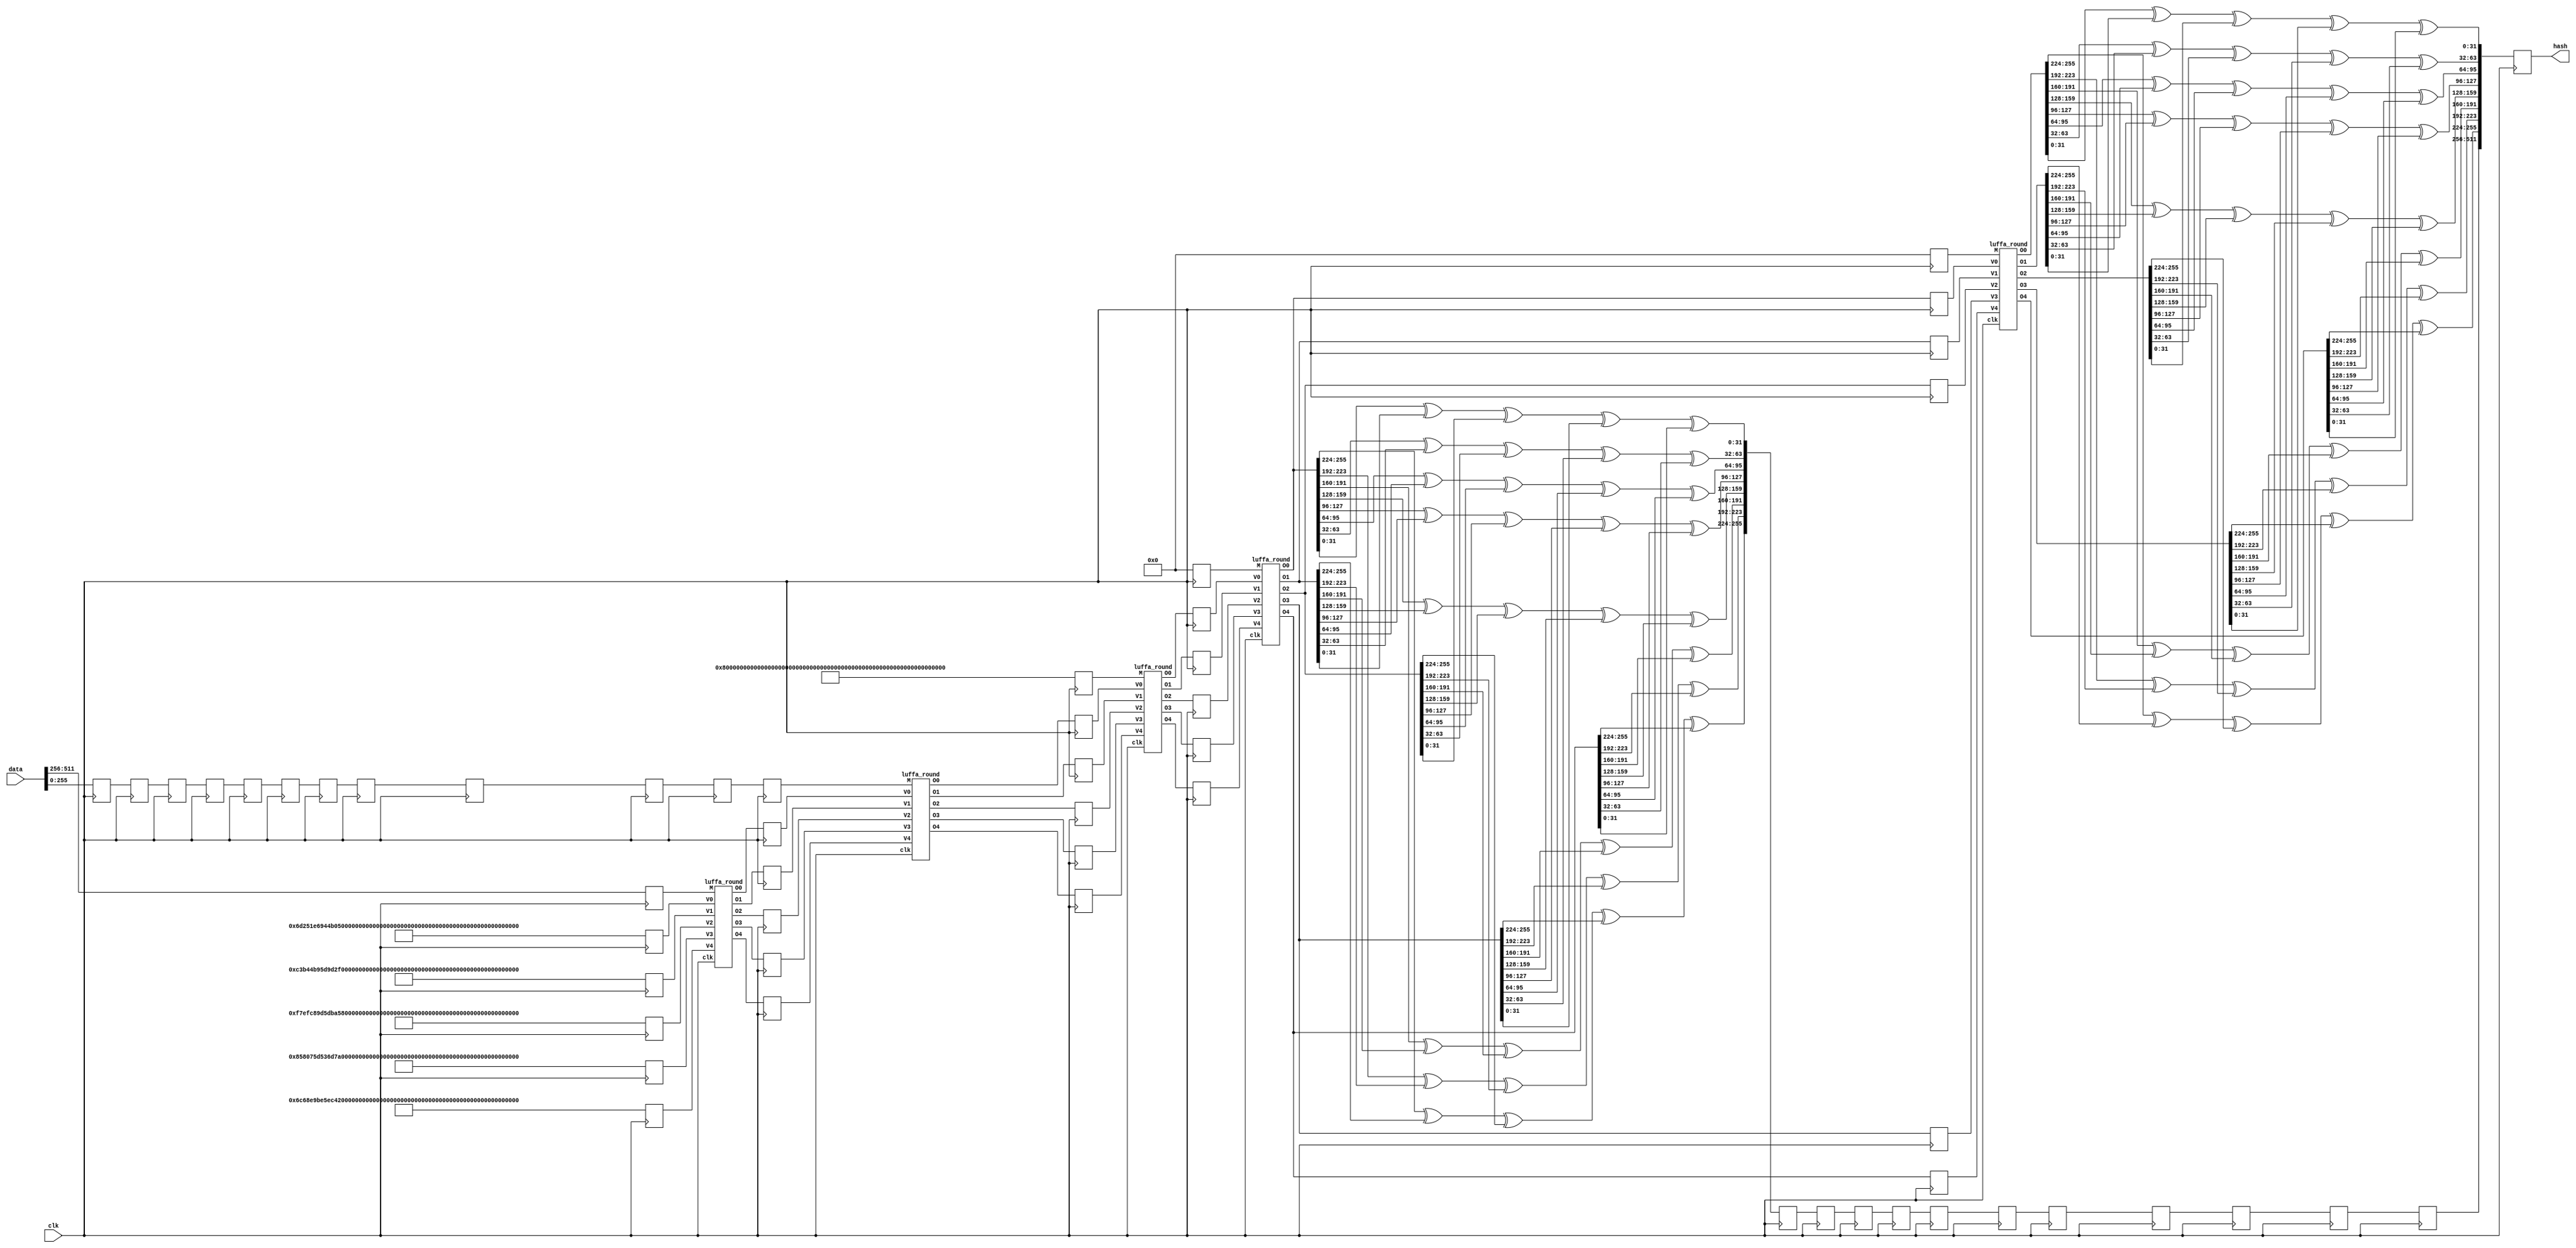
/*
 * Copyright (c) 2018 Sprocket
 *
 * This is free software: you can redistribute it and/or modify
 * it under the terms of the GNU Affero General Public License with
 * additional permissions to the one published by the Free Software
 * Foundation, either version 3 of the License, or (at your option)
 * any later version. For more information see LICENSE.
 *
 * This program is distributed in the hope that it will be useful,
 * but WITHOUT ANY WARRANTY; without even the implied warranty of
 * MERCHANTABILITY or FITNESS FOR A PARTICULAR PURPOSE.  See the
 * GNU Affero General Public License for more details.
 *
 * You should have received a copy of the GNU Affero General Public License
 * along with this program. If not, see <http://www.gnu.org/licenses/>.
 */

module luffa512 (
	input clk,
	input [511:0] data,
	output [511:0] hash
);

	reg [255:0] M0, M1, M2, M3, M4;
	reg [255:0] V00, V01, V02, V03, V04;
	reg [255:0] V10, V11, V12, V13, V14;
	reg [255:0] V20, V21, V22, V23, V24;
	reg [255:0] V30, V31, V32, V33, V34;
	reg [255:0] V40, V41, V42, V43, V44;
	reg [255:0] d0, d1, d2, d3, d4, d5, d6, d7, d8, d9, d10;
		
	wire [255:0] R00, R01, R02, R03, R04;
	wire [255:0] R10, R11, R12, R13, R14;
	wire [255:0] R20, R21, R22, R23, R24;
	wire [255:0] R30, R31, R32, R33, R34;
	wire [255:0] R40, R41, R42, R43, R44;

	luffa_round lr0 (clk, M0, V00, V10, V20, V30, V40, R00, R10, R20, R30, R40 );
	luffa_round lr1 (clk, M1, V01, V11, V21, V31, V41, R01, R11, R21, R31, R41 );
	luffa_round lr2 (clk, M2, V02, V12, V22, V32, V42, R02, R12, R22, R32, R42 );
	luffa_round lr3 (clk, M3, V03, V13, V23, V33, V43, R03, R13, R23, R33, R43 );
	luffa_round lr4 (clk, M4, V04, V14, V24, V34, V44, R04, R14, R24, R34, R44 );
	
	reg [255:0] H0, H1, H2, H3, H4, H5, H6, H7, H8, H9, H10;
	reg [511:0] H;
	
	assign hash = H;

	always @ (posedge clk) begin
	
		M0 <= data[511:256];
		M1 <= d10;
		M2 <= { 32'h80000000, 224'd0 };
		M3 <= 256'd0;
		M4 <= 256'd0;
		
		d10 <= d9;
		d9 <= d8;
		d8 <= d7;
		d7 <= d6;
		d6 <= d5;
		d5 <= d4;
		d4 <= d3;
		d3 <= d2;
		d2 <= d1;
		d1 <= d0;
		d0 <= data[255:0];
	
		V00 = 256'h6d251e6944b051e04eaa6fb4dbf784656e29201190152df4ee058139def610bb;
		V10 = 256'hc3b44b95d9d2f25670eee9a0de099fa35d9b05578fc944b3cf1ccf0e746cd581;
		V20 = 256'hf7efc89d5dba578104016ce5ad659c050306194f666d183624aa230a8b264ae7;
		V30 = 256'h858075d536d79ccee571f7d7204b1f6735870c6a57e9e92314bcb8087cde72ce;
		V40 = 256'h6c68e9be5ec41e22c825b7c7affb4363f5df39990fc688f1b07224cc03e86cea;
		
		V01 <= R00;
		V11 <= R10;
		V21 <= R20;
		V31 <= R30;
		V41 <= R40;

		V02 <= R01;
		V12 <= R11;
		V22 <= R21;
		V32 <= R31;
		V42 <= R41;

		V03 <= R02;
		V13 <= R12;
		V23 <= R22;
		V33 <= R32;
		V43 <= R42;

		V04 <= R03;
		V14 <= R13;
		V24 <= R23;
		V34 <= R33;
		V44 <= R43;
		
		H0[255:224] <= R03[255:224] ^ R13[255:224] ^ R23[255:224] ^ R33[255:224] ^ R43[255:224];
		H0[223:192] <= R03[223:192] ^ R13[223:192] ^ R23[223:192] ^ R33[223:192] ^ R43[223:192];
		H0[191:160] <= R03[191:160] ^ R13[191:160] ^ R23[191:160] ^ R33[191:160] ^ R43[191:160];
		H0[159:128] <= R03[159:128] ^ R13[159:128] ^ R23[159:128] ^ R33[159:128] ^ R43[159:128];
		H0[127: 96] <= R03[127: 96] ^ R13[127: 96] ^ R23[127: 96] ^ R33[127: 96] ^ R43[127: 96];
		H0[ 95: 64] <= R03[ 95: 64] ^ R13[ 95: 64] ^ R23[ 95: 64] ^ R33[ 95: 64] ^ R43[ 95: 64];
		H0[ 63: 32] <= R03[ 63: 32] ^ R13[ 63: 32] ^ R23[ 63: 32] ^ R33[ 63: 32] ^ R43[ 63: 32];
		H0[ 31:  0] <= R03[ 31:  0] ^ R13[ 31:  0] ^ R23[ 31:  0] ^ R33[ 31:  0] ^ R43[ 31:  0];

		H1 <= H0;
		H2 <= H1;
		H3 <= H2;
		H4 <= H3;
		H5 <= H4;
		H6 <= H5;
		H7 <= H6;
		H8 <= H7;
		H9 <= H8;
		H10 <= H9;

		H[511:256] <= H10;
		H[255:224] <= R04[255:224] ^ R14[255:224] ^ R24[255:224] ^ R34[255:224] ^ R44[255:224];
		H[223:192] <= R04[223:192] ^ R14[223:192] ^ R24[223:192] ^ R34[223:192] ^ R44[223:192];
		H[191:160] <= R04[191:160] ^ R14[191:160] ^ R24[191:160] ^ R34[191:160] ^ R44[191:160];
		H[159:128] <= R04[159:128] ^ R14[159:128] ^ R24[159:128] ^ R34[159:128] ^ R44[159:128];
		H[127: 96] <= R04[127: 96] ^ R14[127: 96] ^ R24[127: 96] ^ R34[127: 96] ^ R44[127: 96];
		H[ 95: 64] <= R04[ 95: 64] ^ R14[ 95: 64] ^ R24[ 95: 64] ^ R34[ 95: 64] ^ R44[ 95: 64];
		H[ 63: 32] <= R04[ 63: 32] ^ R14[ 63: 32] ^ R24[ 63: 32] ^ R34[ 63: 32] ^ R44[ 63: 32];
		H[ 31:  0] <= R04[ 31:  0] ^ R14[ 31:  0] ^ R24[ 31:  0] ^ R34[ 31:  0] ^ R44[ 31:  0];

//		$display("R00: %x", R00);
//		$display("R10: %x", R10);
//		$display("R20: %x", R20);
//		$display("R30: %x", R30);
//		$display("R40: %x", R40);
//
//		$display("R01: %x", R01);
//		$display("R11: %x", R11);
//		$display("R21: %x", R21);
//		$display("R31: %x", R31);
//		$display("R41: %x", R41);
//
//		$display("R02: %x", R02);
//		$display("R12: %x", R12);
//		$display("R22: %x", R22);
//		$display("R32: %x", R32);
//		$display("R42: %x", R42);
//
//		$display("R03: %x", R03);
//		$display("R13: %x", R13);
//		$display("R23: %x", R23);
//		$display("R33: %x", R33);
//		$display("R43: %x", R43);
//
//		$display("R04: %x", R04);
//		$display("R14: %x", R14);
//		$display("R24: %x", R24);
//		$display("R34: %x", R34);
//		$display("R44: %x", R44);
	
	end


endmodule

module luffa_round (
	input clk,
	input [255:0] M,
	input [255:0] V0,
	input [255:0] V1,
	input [255:0] V2,
	input [255:0] V3,
	input [255:0] V4,
	output reg [255:0] O0,
	output reg [255:0] O1,
	output reg [255:0] O2,
	output reg [255:0] O3,
	output reg [255:0] O4
);

	wire [255:0] LM0, LM1, LM2, LM3, LM4;

	// Message Injection
	luffa_mi lm00 (clk, M, V0, V1, V2, V3, V4, LM0, LM1, LM2, LM3, LM4 );
	
	wire [255:0] o00, o01, o02, o03, o04, o05, o06, o07;
	wire [255:0] o10, o11, o12, o13, o14, o15, o16, o17;
	wire [255:0] o20, o21, o22, o23, o24, o25, o26, o27;
	wire [255:0] o30, o31, o32, o33, o34, o35, o36, o37;
	wire [255:0] o40, o41, o42, o43, o44, o45, o46, o47;

	reg [255:0] i00, i01, i02, i03, i04, i05, i06, i07;
	reg [255:0] i10, i11, i12, i13, i14, i15, i16, i17;
	reg [255:0] i20, i21, i22, i23, i24, i25, i26, i27;
	reg [255:0] i30, i31, i32, i33, i34, i35, i36, i37;
	reg [255:0] i40, i41, i42, i43, i44, i45, i46, i47;
	
	// Permutation of V0
	luffa_permutation p00 (i00, 32'h303994a6, 32'he0337818, o00);
	luffa_permutation p01 (i01, 32'hc0e65299, 32'h441ba90d, o01);
	luffa_permutation p02 (i02, 32'h6cc33a12, 32'h7f34d442, o02);
	luffa_permutation p03 (i03, 32'hdc56983e, 32'h9389217f, o03);
	luffa_permutation p04 (i04, 32'h1e00108f, 32'he5a8bce6, o04);
	luffa_permutation p05 (i05, 32'h7800423d, 32'h5274baf4, o05);
	luffa_permutation p06 (i06, 32'h8f5b7882, 32'h26889ba7, o06);
	luffa_permutation p07 (i07, 32'h96e1db12, 32'h9a226e9d, o07);
                           
	// Permutation of V1
	luffa_permutation p10 (i10, 32'hb6de10ed, 32'h01685f3d, o10);
	luffa_permutation p11 (i11, 32'h70f47aae, 32'h05a17cf4, o11);
	luffa_permutation p12 (i12, 32'h0707a3d4, 32'hbd09caca, o12);
	luffa_permutation p13 (i13, 32'h1c1e8f51, 32'hf4272b28, o13);
	luffa_permutation p14 (i14, 32'h707a3d45, 32'h144ae5cc, o14);
	luffa_permutation p15 (i15, 32'haeb28562, 32'hfaa7ae2b, o15);
	luffa_permutation p16 (i16, 32'hbaca1589, 32'h2e48f1c1, o16);
	luffa_permutation p17 (i17, 32'h40a46f3e, 32'hb923c704, o17);
                           
	// Permutation of V2
	luffa_permutation p20 (i20, 32'hfc20d9d2, 32'he25e72c1, o20);
	luffa_permutation p21 (i21, 32'h34552e25, 32'he623bb72, o21);
	luffa_permutation p22 (i22, 32'h7ad8818f, 32'h5c58a4a4, o22);
	luffa_permutation p23 (i23, 32'h8438764a, 32'h1e38e2e7, o23);
	luffa_permutation p24 (i24, 32'hbb6de032, 32'h78e38b9d, o24);
	luffa_permutation p25 (i25, 32'hedb780c8, 32'h27586719, o25);
	luffa_permutation p26 (i26, 32'hd9847356, 32'h36eda57f, o26);
	luffa_permutation p27 (i27, 32'ha2c78434, 32'h703aace7, o27);
                           
	// Permutation of V3
	luffa_permutation p30 (i30, 32'hb213afa5, 32'he028c9bf, o30);
	luffa_permutation p31 (i31, 32'hc84ebe95, 32'h44756f91, o31);
	luffa_permutation p32 (i32, 32'h4e608a22, 32'h7e8fce32, o32);
	luffa_permutation p33 (i33, 32'h56d858fe, 32'h956548be, o33);
	luffa_permutation p34 (i34, 32'h343b138f, 32'hfe191be2, o34);
	luffa_permutation p35 (i35, 32'hd0ec4e3d, 32'h3cb226e5, o35);
	luffa_permutation p36 (i36, 32'h2ceb4882, 32'h5944a28e, o36);
	luffa_permutation p37 (i37, 32'hb3ad2208, 32'ha1c4c355, o37);
                           
	// oermutation of V4
	luffa_permutation p40 (i40, 32'hf0d2e9e3, 32'h5090d577, o40);
	luffa_permutation p41 (i41, 32'hac11d7fa, 32'h2d1925ab, o41);
	luffa_permutation p42 (i42, 32'h1bcb66f2, 32'hb46496ac, o42);
	luffa_permutation p43 (i43, 32'h6f2d9bc9, 32'hd1925ab0, o43);
	luffa_permutation p44 (i44, 32'h78602649, 32'h29131ab6, o44);
	luffa_permutation p45 (i45, 32'h8edae952, 32'h0fc053c3, o45);
	luffa_permutation p46 (i46, 32'h3b6ba548, 32'h3f014f0c, o46);
	luffa_permutation p47 (i47, 32'hedae9520, 32'hfc053c31, o47);

	always @ (posedge clk) begin

		i00 <= LM0;
		i01 <= o00;
		i02 <= o01;
		i03 <= o02;
		i04 <= o03;
		i05 <= o04;
		i06 <= o05;
		i07 <= o06;
		       
		i10 <= LM1;
		i11 <= o10;
		i12 <= o11;
		i13 <= o12;
		i14 <= o13;
		i15 <= o14;
		i16 <= o15;
		i17 <= o16;
               
		i20 <= LM2;
		i21 <= o20;
		i22 <= o21;
		i23 <= o22;
		i24 <= o23;
		i25 <= o24;
		i26 <= o25;
		i27 <= o26;
               
		i30 <= LM3;
		i31 <= o30;
		i32 <= o31;
		i33 <= o32;
		i34 <= o33;
		i35 <= o34;
		i36 <= o35;
		i37 <= o36;
               
		i40 <= LM4;
		i41 <= o40;
		i42 <= o41;
		i43 <= o42;
		i44 <= o43;
		i45 <= o44;
		i46 <= o45;
		i47 <= o46;

		O0 <= o07;
		O1 <= o17;
		O2 <= o27;
		O3 <= o37;
		O4 <= o47;
		
//		$display("LM0: %x", LM0);
//		$display("LM1: %x", LM1);
//		$display("LM2: %x", LM2);
//		$display("LM3: %x", LM3);
//		$display("LM4: %x", LM4);
//
//		$display("O0: %x", O0);
//		$display("O1: %x", O1);
//		$display("O2: %x", O2);
//		$display("O3: %x", O3);
//		$display("O4: %x", O4);


	end

endmodule

module luffa_mi (
	input clk,
	input [255:0] M,
	input [255:0] V0,
	input [255:0] V1,
	input [255:0] V2,
	input [255:0] V3,
	input [255:0] V4,
	output reg [255:0] O0,
	output reg [255:0] O1,
	output reg [255:0] O2,
	output reg [255:0] O3,
	output reg [255:0] O4
);

	reg [255:0] x0, x1;
	reg [255:0] m0, m1;
	reg [255:0] m00, m01, m02, m03, m04;
	reg [255:0] v00, v01, v02, v03, v04;
	reg [255:0] v10, v11, v12, v13, v14;
	reg [255:0] v20, v21, v22, v23, v24;
	reg [255:0] v30, v31, v32, v33, v34;
	reg [255:0] v40, v41, v42, v43, v44;
	
	always @ (posedge clk) begin

		x0[255:224] = V0[255:224] ^ V1[255:224] ^ V2[255:224] ^ V3[255:224] ^ V4[255:224];
		x0[223:192] = V0[223:192] ^ V1[223:192] ^ V2[223:192] ^ V3[223:192] ^ V4[223:192];
		x0[191:160] = V0[191:160] ^ V1[191:160] ^ V2[191:160] ^ V3[191:160] ^ V4[191:160];
		x0[159:128] = V0[159:128] ^ V1[159:128] ^ V2[159:128] ^ V3[159:128] ^ V4[159:128];
		x0[127: 96] = V0[127: 96] ^ V1[127: 96] ^ V2[127: 96] ^ V3[127: 96] ^ V4[127: 96];
		x0[ 95: 64] = V0[ 95: 64] ^ V1[ 95: 64] ^ V2[ 95: 64] ^ V3[ 95: 64] ^ V4[ 95: 64];
		x0[ 63: 32] = V0[ 63: 32] ^ V1[ 63: 32] ^ V2[ 63: 32] ^ V3[ 63: 32] ^ V4[ 63: 32];
		x0[ 31:  0] = V0[ 31:  0] ^ V1[ 31:  0] ^ V2[ 31:  0] ^ V3[ 31:  0] ^ V4[ 31:  0];
		
		m0[255:224] = x0[ 31:  0];
		m0[223:192] = x0[255:224] ^ x0[ 31:  0];
		m0[191:160] = x0[223:192];
		m0[159:128] = x0[191:160] ^ x0[ 31:  0];
		m0[127: 96] = x0[159:128] ^ x0[ 31:  0];
		m0[ 95: 64] = x0[127: 96];
		m0[ 63: 32] = x0[ 95: 64];
		m0[ 31:  0] = x0[ 63: 32];
		
		v00 = m0 ^ V0;
		v10 = m0 ^ V1;
		v20 = m0 ^ V2;
		v30 = m0 ^ V3;
		v40 = m0 ^ V4;
		
		m1[255:224] = v00[ 31:  0]                ^ v10[255:224];
		m1[223:192] = v00[255:224] ^ v00[ 31:  0] ^ v10[223:192];
		m1[191:160] = v00[223:192]                ^ v10[191:160];
		m1[159:128] = v00[191:160] ^ v00[ 31:  0] ^ v10[159:128];
		m1[127: 96] = v00[159:128] ^ v00[ 31:  0] ^ v10[127: 96];
		m1[ 95: 64] = v00[127: 96]                ^ v10[ 95: 64];
		m1[ 63: 32] = v00[ 95: 64]                ^ v10[ 63: 32];
		m1[ 31:  0] = v00[ 63: 32]                ^ v10[ 31:  0];

		v11[255:224] = v10[ 31:  0]                ^ v20[255:224];
		v11[223:192] = v10[255:224] ^ v10[ 31:  0] ^ v20[223:192];
		v11[191:160] = v10[223:192]                ^ v20[191:160];
		v11[159:128] = v10[191:160] ^ v10[ 31:  0] ^ v20[159:128];
		v11[127: 96] = v10[159:128] ^ v10[ 31:  0] ^ v20[127: 96];
		v11[ 95: 64] = v10[127: 96]                ^ v20[ 95: 64];
		v11[ 63: 32] = v10[ 95: 64]                ^ v20[ 63: 32];
		v11[ 31:  0] = v10[ 63: 32]                ^ v20[ 31:  0];

		v21[255:224] = v20[ 31:  0]                ^ v30[255:224];
		v21[223:192] = v20[255:224] ^ v20[ 31:  0] ^ v30[223:192];
		v21[191:160] = v20[223:192]                ^ v30[191:160];
		v21[159:128] = v20[191:160] ^ v20[ 31:  0] ^ v30[159:128];
		v21[127: 96] = v20[159:128] ^ v20[ 31:  0] ^ v30[127: 96];
		v21[ 95: 64] = v20[127: 96]                ^ v30[ 95: 64];
		v21[ 63: 32] = v20[ 95: 64]                ^ v30[ 63: 32];
		v21[ 31:  0] = v20[ 63: 32]                ^ v30[ 31:  0];

		v31[255:224] = v30[ 31:  0]                ^ v40[255:224];
		v31[223:192] = v30[255:224] ^ v30[ 31:  0] ^ v40[223:192];
		v31[191:160] = v30[223:192]                ^ v40[191:160];
		v31[159:128] = v30[191:160] ^ v30[ 31:  0] ^ v40[159:128];
		v31[127: 96] = v30[159:128] ^ v30[ 31:  0] ^ v40[127: 96];
		v31[ 95: 64] = v30[127: 96]                ^ v40[ 95: 64];
		v31[ 63: 32] = v30[ 95: 64]                ^ v40[ 63: 32];
		v31[ 31:  0] = v30[ 63: 32]                ^ v40[ 31:  0];

		v41[255:224] = v40[ 31:  0]                ^ v00[255:224];
		v41[223:192] = v40[255:224] ^ v40[ 31:  0] ^ v00[223:192];
		v41[191:160] = v40[223:192]                ^ v00[191:160];
		v41[159:128] = v40[191:160] ^ v40[ 31:  0] ^ v00[159:128];
		v41[127: 96] = v40[159:128] ^ v40[ 31:  0] ^ v00[127: 96];
		v41[ 95: 64] = v40[127: 96]                ^ v00[ 95: 64];
		v41[ 63: 32] = v40[ 95: 64]                ^ v00[ 63: 32];
		v41[ 31:  0] = v40[ 63: 32]                ^ v00[ 31:  0];

		v01[255:224] = m1[ 31:  0]                ^ v41[255:224];
		v01[223:192] = m1[255:224] ^ m1[ 31:  0]  ^ v41[223:192];
		v01[191:160] = m1[223:192]                ^ v41[191:160];
		v01[159:128] = m1[191:160] ^ m1[ 31:  0]  ^ v41[159:128];
		v01[127: 96] = m1[159:128] ^ m1[ 31:  0]  ^ v41[127: 96];
		v01[ 95: 64] = m1[127: 96]                ^ v41[ 95: 64];
		v01[ 63: 32] = m1[ 95: 64]                ^ v41[ 63: 32];
		v01[ 31:  0] = m1[ 63: 32]                ^ v41[ 31:  0];
		
		v42[255:224] = v41[ 31:  0]                ^ v31[255:224];
		v42[223:192] = v41[255:224] ^ v41[ 31:  0] ^ v31[223:192];
		v42[191:160] = v41[223:192]                ^ v31[191:160];
		v42[159:128] = v41[191:160] ^ v41[ 31:  0] ^ v31[159:128];
		v42[127: 96] = v41[159:128] ^ v41[ 31:  0] ^ v31[127: 96];
		v42[ 95: 64] = v41[127: 96]                ^ v31[ 95: 64];
		v42[ 63: 32] = v41[ 95: 64]                ^ v31[ 63: 32];
		v42[ 31:  0] = v41[ 63: 32]                ^ v31[ 31:  0];
		
		v32[255:224] = v31[ 31:  0]                ^ v21[255:224];
		v32[223:192] = v31[255:224] ^ v31[ 31:  0] ^ v21[223:192];
		v32[191:160] = v31[223:192]                ^ v21[191:160];
		v32[159:128] = v31[191:160] ^ v31[ 31:  0] ^ v21[159:128];
		v32[127: 96] = v31[159:128] ^ v31[ 31:  0] ^ v21[127: 96];
		v32[ 95: 64] = v31[127: 96]                ^ v21[ 95: 64];
		v32[ 63: 32] = v31[ 95: 64]                ^ v21[ 63: 32];
		v32[ 31:  0] = v31[ 63: 32]                ^ v21[ 31:  0];
		
		v22[255:224] = v21[ 31:  0]                ^ v11[255:224];
		v22[223:192] = v21[255:224] ^ v21[ 31:  0] ^ v11[223:192];
		v22[191:160] = v21[223:192]                ^ v11[191:160];
		v22[159:128] = v21[191:160] ^ v21[ 31:  0] ^ v11[159:128];
		v22[127: 96] = v21[159:128] ^ v21[ 31:  0] ^ v11[127: 96];
		v22[ 95: 64] = v21[127: 96]                ^ v11[ 95: 64];
		v22[ 63: 32] = v21[ 95: 64]                ^ v11[ 63: 32];
		v22[ 31:  0] = v21[ 63: 32]                ^ v11[ 31:  0];
		
		v12[255:224] = v11[ 31:  0]                ^ m1[255:224];
		v12[223:192] = v11[255:224] ^ v11[ 31:  0] ^ m1[223:192];
		v12[191:160] = v11[223:192]                ^ m1[191:160];
		v12[159:128] = v11[191:160] ^ v11[ 31:  0] ^ m1[159:128];
		v12[127: 96] = v11[159:128] ^ v11[ 31:  0] ^ m1[127: 96];
		v12[ 95: 64] = v11[127: 96]                ^ m1[ 95: 64];
		v12[ 63: 32] = v11[ 95: 64]                ^ m1[ 63: 32];
		v12[ 31:  0] = v11[ 63: 32]                ^ m1[ 31:  0];
		
		v02 = v01;

		v03 = v02 ^ M;

		m01[255:224] = M[ 31:  0];
		m01[223:192] = M[255:224] ^ M[ 31:  0];
		m01[191:160] = M[223:192];
		m01[159:128] = M[191:160] ^ M[ 31:  0];
		m01[127: 96] = M[159:128] ^ M[ 31:  0];
		m01[ 95: 64] = M[127: 96];
		m01[ 63: 32] = M[ 95: 64];
		m01[ 31:  0] = M[ 63: 32];

		v13 = v12 ^ m01;

		m02[255:224] = m01[ 31:  0];
		m02[223:192] = m01[255:224] ^ m01[ 31:  0];
		m02[191:160] = m01[223:192];
		m02[159:128] = m01[191:160] ^ m01[ 31:  0];
		m02[127: 96] = m01[159:128] ^ m01[ 31:  0];
		m02[ 95: 64] = m01[127: 96];
		m02[ 63: 32] = m01[ 95: 64];
		m02[ 31:  0] = m01[ 63: 32];
		
		v23 = v22 ^ m02;

		m03[255:224] = m02[ 31:  0];
		m03[223:192] = m02[255:224] ^ m02[ 31:  0];
		m03[191:160] = m02[223:192];
		m03[159:128] = m02[191:160] ^ m02[ 31:  0];
		m03[127: 96] = m02[159:128] ^ m02[ 31:  0];
		m03[ 95: 64] = m02[127: 96];
		m03[ 63: 32] = m02[ 95: 64];
		m03[ 31:  0] = m02[ 63: 32];
	
		v33 = v32 ^ m03;

		m04[255:224] = m03[ 31:  0];
		m04[223:192] = m03[255:224] ^ m03[ 31:  0];
		m04[191:160] = m03[223:192];
		m04[159:128] = m03[191:160] ^ m03[ 31:  0];
		m04[127: 96] = m03[159:128] ^ m03[ 31:  0];
		m04[ 95: 64] = m03[127: 96];
		m04[ 63: 32] = m03[ 95: 64];
		m04[ 31:  0] = m03[ 63: 32];
	
		v43 = v42 ^ m04;
		
//		O0 = v03;
//		O1 = v13;
//		O2 = v23;
//		O3 = v33;
//		O4 = v43;

		// Tweak
		O0 = v03;

		O1 = {
				v13[255:128],
				{ v13[126: 96], v13[127] },
				{ v13[ 94: 64], v13[ 95] },
				{ v13[ 62: 32], v13[ 63] },
				{ v13[ 30:  0], v13[ 31] }
			  };

		O2 = {
				v23[255:128],
				{ v23[125: 96], v23[127:126] },
				{ v23[ 93: 64], v23[ 95: 94] },
				{ v23[ 61: 32], v23[ 63: 62] },
				{ v23[ 29:  0], v23[ 31: 30] }
			  };

		O3 = {
				v33[255:128],
				{ v33[124: 96], v33[127:125] },
				{ v33[ 92: 64], v33[ 95: 93] },
				{ v33[ 60: 32], v33[ 63: 61] },
				{ v33[ 28:  0], v33[ 31: 29] }
			  };

		O4 = {
				v43[255:128],
				{ v43[123: 96], v43[127:124] },
				{ v43[ 91: 64], v43[ 95: 92] },
				{ v43[ 59: 32], v43[ 63: 60] },
				{ v43[ 27:  0], v43[ 31: 28] }
			  };
		
//		$display("O0: %x", O0);
//		$display("O1: %x", O1);
//		$display("O2: %x", O2);
//		$display("O3: %x", O3);
//		$display("O4: %x", O4);
		
	end

endmodule

module luffa_permutation (
	input [255:0] m,
	input [31:0] const_0,
	input [31:0] const_4,
	output [255:0] h
);

	wire [31:0] mi_0, mi_1, mi_2, mi_3, mi_4, mi_5, mi_6, mi_7;
	wire [31:0] sub_0, sub_1, sub_2, sub_3, sub_4, sub_5, sub_6, sub_7;
	wire [31:0] mix_0, mix_1, mix_2, mix_3, mix_4, mix_5, mix_6, mix_7;
//	wire [31:0] h_0, h_1, h_2, h_3, h_4, h_5, h_6, h_7;

	assign { mi_0, mi_1, mi_2, mi_3, mi_4, mi_5, mi_6, mi_7 } = m;

	luffa_sub luffa_sub0(mi_0, mi_1, mi_2, mi_3, sub_0, sub_1, sub_2, sub_3);
	luffa_sub luffa_sub1(mi_5, mi_6, mi_7, mi_4, sub_5, sub_6, sub_7, sub_4);
	luffa_mix luffa_mix0(sub_0, sub_4, mix_0, mix_4);
	luffa_mix luffa_mix1(sub_1, sub_5, mix_1, mix_5);
	luffa_mix luffa_mix2(sub_2, sub_6, mix_2, mix_6);
	luffa_mix luffa_mix3(sub_3, sub_7, mix_3, mix_7);

//	assign h_0 = mix_0 ^ const_0;
//	assign h_1 = mix_1;
//	assign h_2 = mix_2;
//	assign h_3 = mix_3;
//	assign h_4 = mix_4 ^ const_4;
//	assign h_5 = mix_5;
//	assign h_6 = mix_6;
//	assign h_7 = mix_7;

	assign h = { mix_0 ^ const_0, mix_1, mix_2, mix_3, mix_4 ^ const_4, mix_5, mix_6, mix_7 };


endmodule

module luffa_sub (
	input  [31:0] in0,
	input  [31:0] in1,
	input  [31:0] in2,
	input  [31:0] in3,
	output [31:0] out0,
	output [31:0] out1,
	output [31:0] out2,
	output [31:0] out3
);

	wire [31:0] r4_0, r0_0, r2_0, r1_0, r0_1, r3_0, r1_1, r3_1, r2_1, r0_2, r2_2, r1_2;

	assign r4_0 = in0;
	assign r0_0 = in0 | in1;
	assign r2_0 = in2 ^ in3;
	assign r1_0 = ~in1;
	assign r0_1 = r0_0 ^ in3;
	assign r3_0 = in3 & r4_0;
	assign r1_1 = r1_0 ^ r3_0;
	assign r3_1 = r3_0 ^ r2_0;
	assign r2_1 = r2_0 & r0_1;
	assign r0_2 = ~r0_1;
	assign r2_2 = r2_1 ^ r1_1;
	assign r1_2 = r1_1 | r3_1;
	assign out0 = r4_0 ^ r1_2;
	assign out3 = r3_1 ^ r2_2;
	assign out2 = r2_2 & r1_2;
	assign out1 = r1_2 ^ r0_2;

endmodule

module luffa_mix (
	input  [31:0] in0,
	input  [31:0] in1,	
	output [31:0] out0,
	output [31:0] out1
);

	wire [31:0] xr_0, xl_0, xr_1;

	assign xr_0 = in0 ^ in1;
	assign xl_0 = { in0[29:0], in0[31:30] } ^ xr_0;
	assign xr_1 = xl_0 ^ { xr_0[17:0], xr_0[31:18] };
	assign out0 = { xl_0[21:0], xl_0[31:22] } ^ xr_1;
	assign out1 = { xr_1[30:0], xr_1[31] };

endmodule